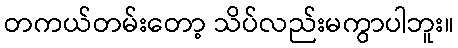
တကယ်တမ်းတော့ သိပ်လည်းမကွာပါဘူး။